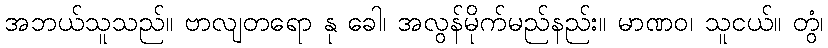
အဘယ်သူသည်။ ဗာလျတရော နု ခေါ၊ အလွန်မိုက်မည်နည်း။ မာဏဝ၊ သူငယ်။ တွံ၊